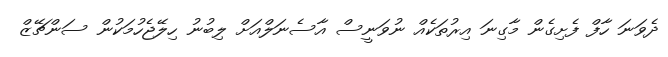
ދެވަނަ ހާފް ފެށިގެން މާގިނަ އިރުތަކެއް ނުވަނީސް އާސެނަލްއަށް ލިބުނު ހިލޭޖެހުމަކުން ސަންޗޭޒް